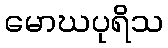
မောဃပုရိသ